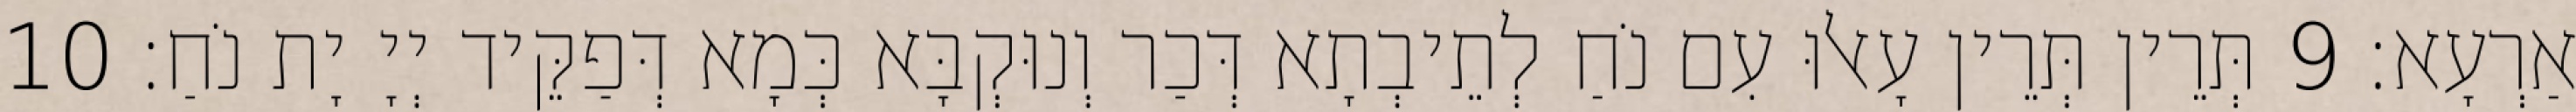
אַרְעָא׃ 9 תְּרֵין תְּרֵין עָאלוּ עִם נֹחַ לְתֵיבְתָא דְּכַר וְנוּקְבָּא כְּמָא דְּפַקֵּיד יְיָ יָת נֹחַ׃ 10